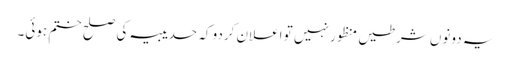
یہ دونوں شرطیں منظور نہیں تو اعلان کردو کہ حدیبیہ کی صلح ختم ہوئی۔